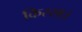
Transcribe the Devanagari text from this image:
किस्सा।